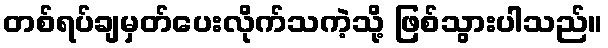
တစ်ရပ်ချမှတ်ပေးလိုက်သကဲ့သို့ ဖြစ်သွားပါသည်။